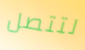
لتتصل